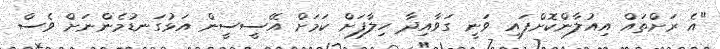
"އެ ރަށްތައް އިއުލާންކޮށްފައި ވަނީ ގަވާއިދާ ހިލާފަށް ކަމަށް އޭސީސީން އަޅުގަނޑުމެންނަށް ވެސް